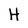
Character: H